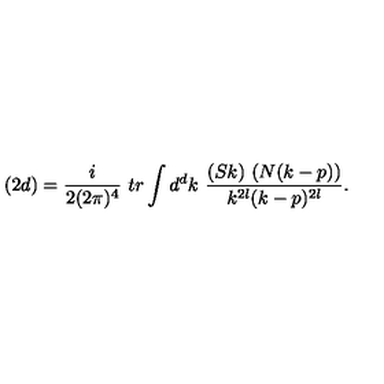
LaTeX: ( 2 d ) = \frac { i } { 2 ( 2 \pi ) ^ { 4 } } \ t r \int d ^ { d } k \ \frac { ( S k ) \ ( N ( k - p ) ) } { k ^ { 2 l } ( k - p ) ^ { 2 l } } .